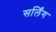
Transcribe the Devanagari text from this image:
सर्लिंग